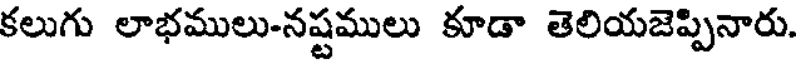
కలుగు లాభములు-నష్టములు కూడా తెలియజెప్పినారు.